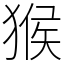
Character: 猴